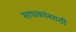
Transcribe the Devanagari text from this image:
साधकांसाठी